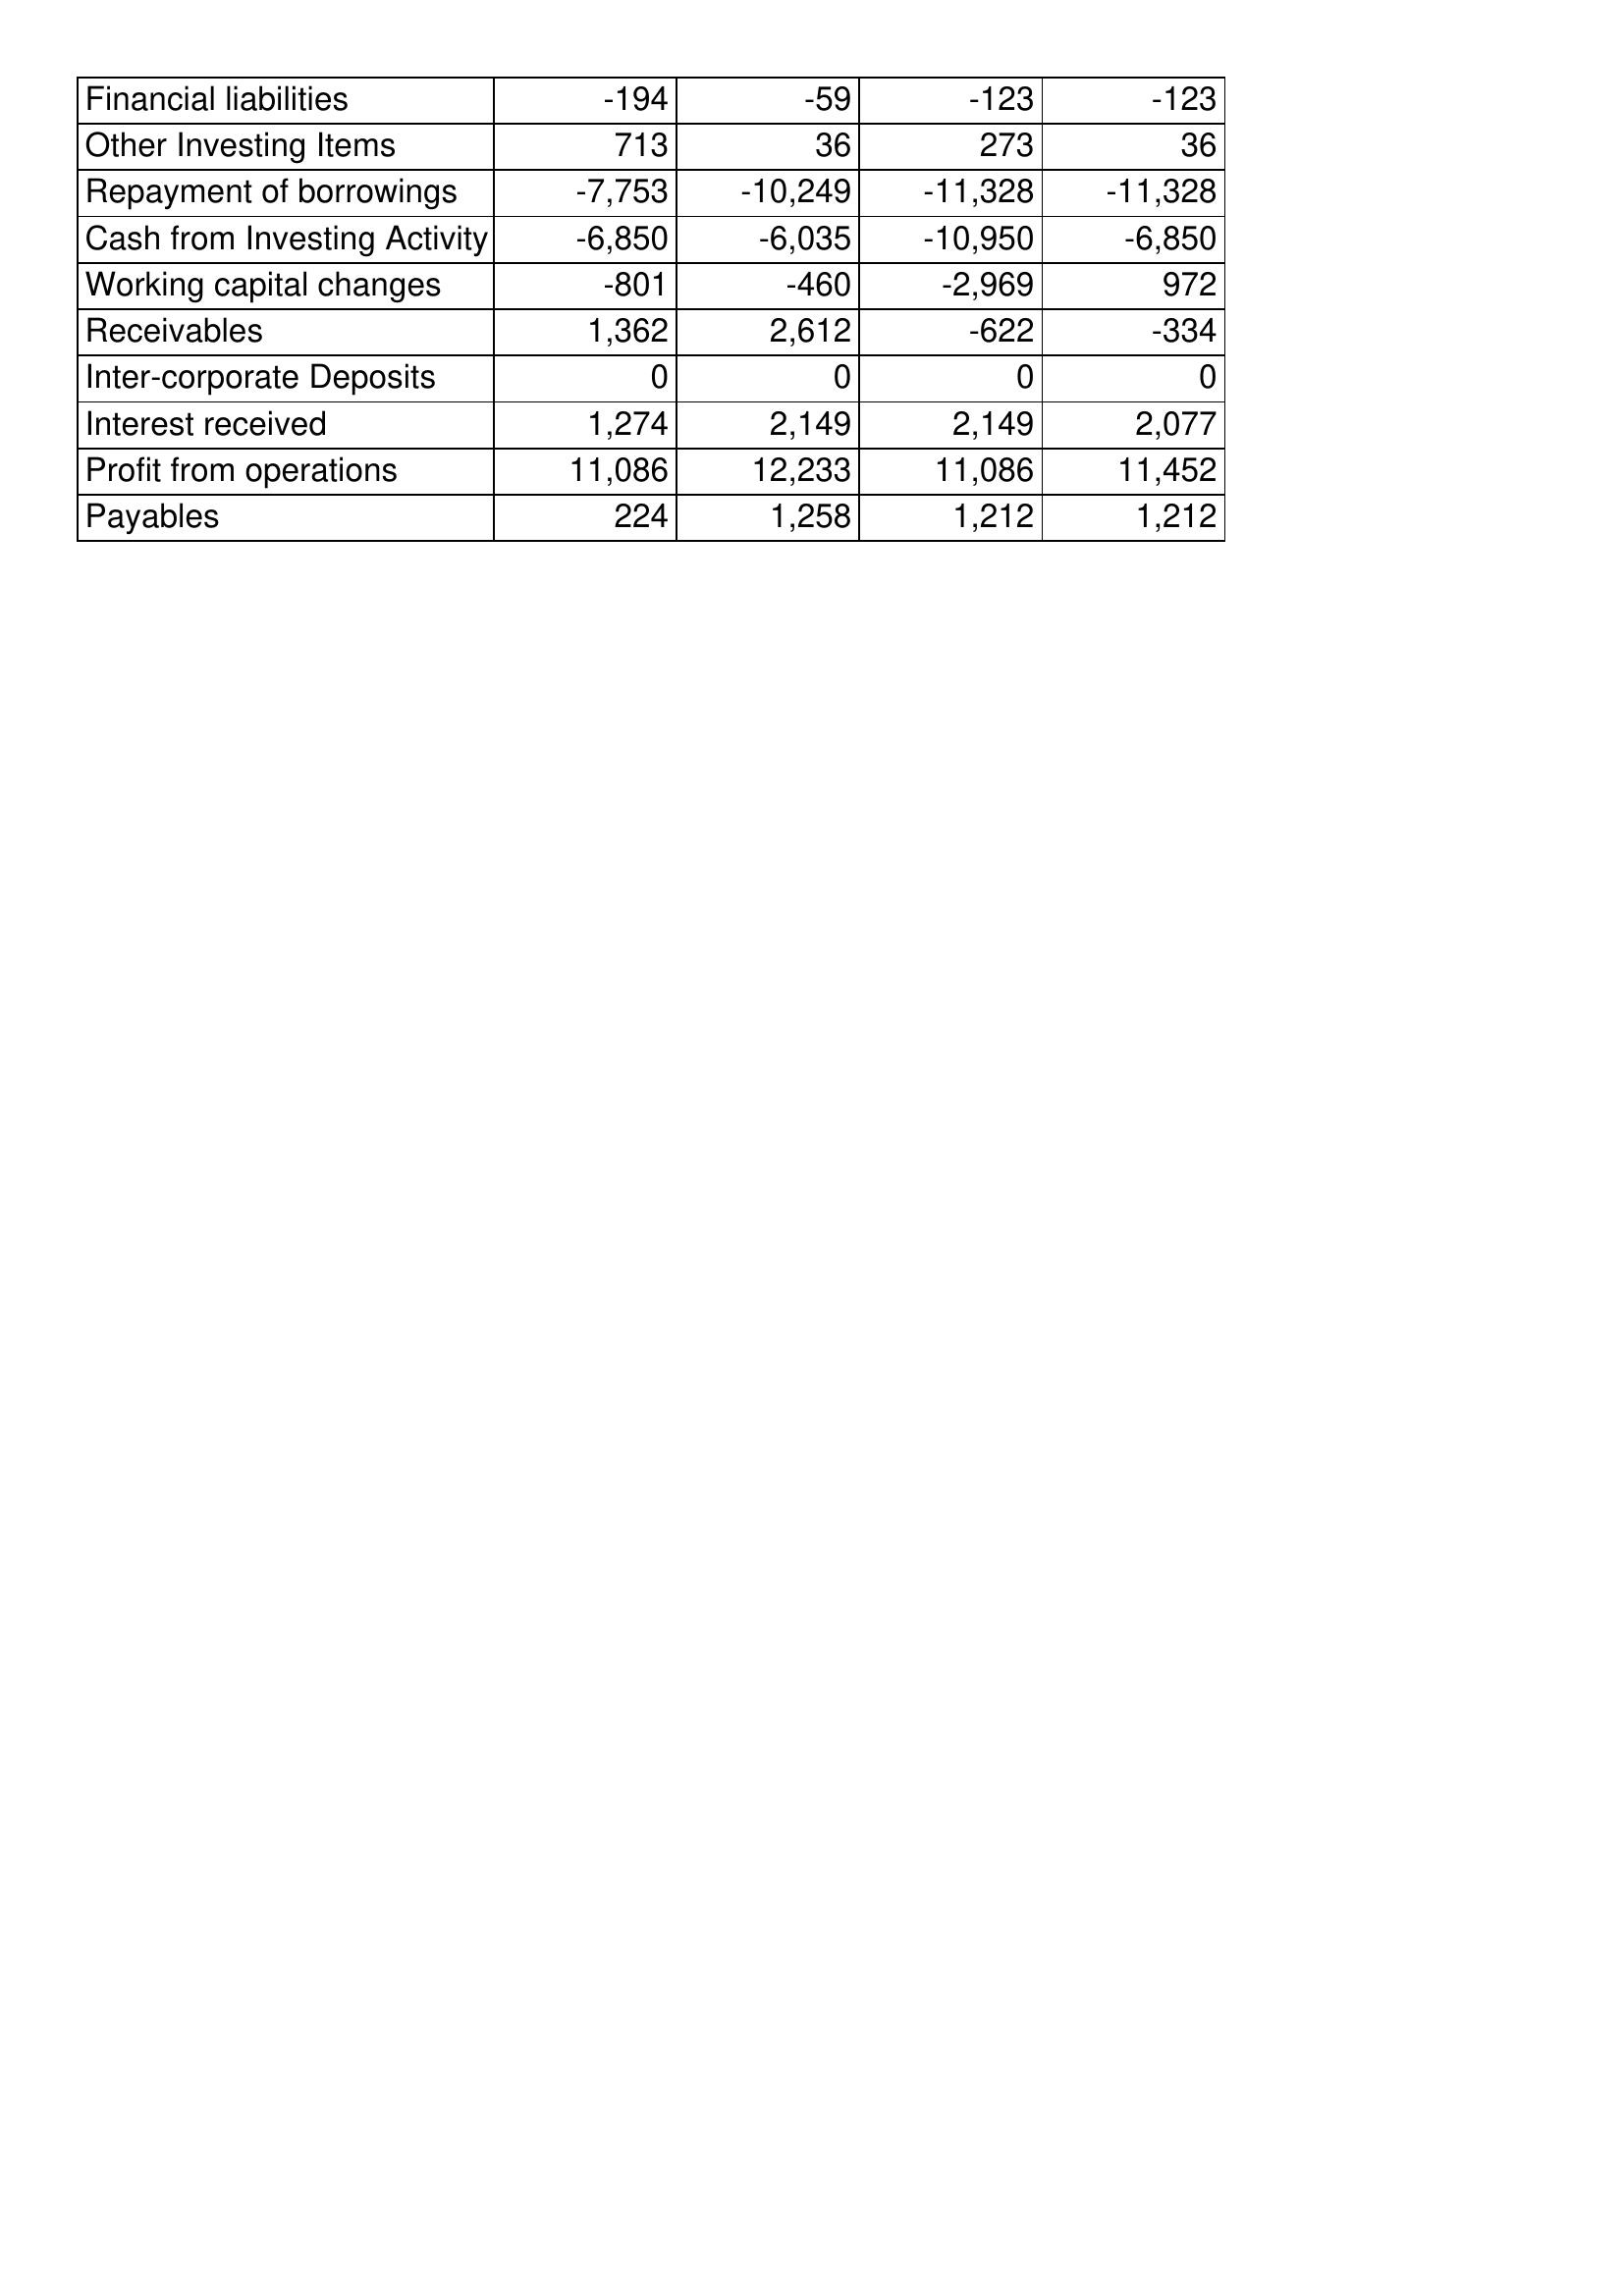
Mar-08: Cash Flows: Financial liabilities: -194
Other Investing Items: 713
Repayment of borrowings: -7,753
Cash from Investing Activity: -6,850
Working capital changes: -801
Receivables: 1,362
Inter-corporate Deposits: 0
Interest received: 1,274
Profit from operations: 11,086
Payables: 224
Mar-07: Cash Flows: Financial liabilities: -59
Other Investing Items: 36
Repayment of borrowings: -10,249
Cash from Investing Activity: -6,035
Working capital changes: -460
Receivables: 2,612
Inter-corporate Deposits: 0
Interest received: 2,149
Profit from operations: 12,233
Payables: 1,258
Mar-06: Cash Flows: Financial liabilities: -123
Other Investing Items: 273
Repayment of borrowings: -11,328
Cash from Investing Activity: -10,950
Working capital changes: -2,969
Receivables: -622
Inter-corporate Deposits: 0
Interest received: 2,149
Profit from operations: 11,086
Payables: 1,212
Mar-05: Cash Flows: Financial liabilities: -123
Other Investing Items: 36
Repayment of borrowings: -11,328
Cash from Investing Activity: -6,850
Working capital changes: 972
Receivables: -334
Inter-corporate Deposits: 0
Interest received: 2,077
Profit from operations: 11,452
Payables: 1,212